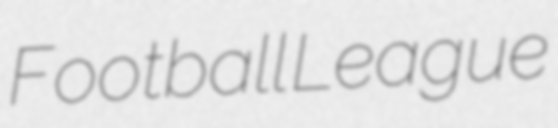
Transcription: Football League